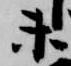
未